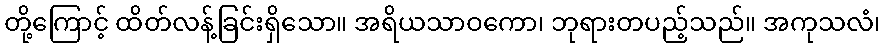
တို့ကြောင့် ထိတ်လန့်ခြင်းရှိသော။ အရိယသာဝကော၊ ဘုရားတပည့်သည်။ အကုသလံ၊